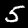
Label: 5